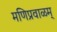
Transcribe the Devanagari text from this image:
मणिप्रवाळम्